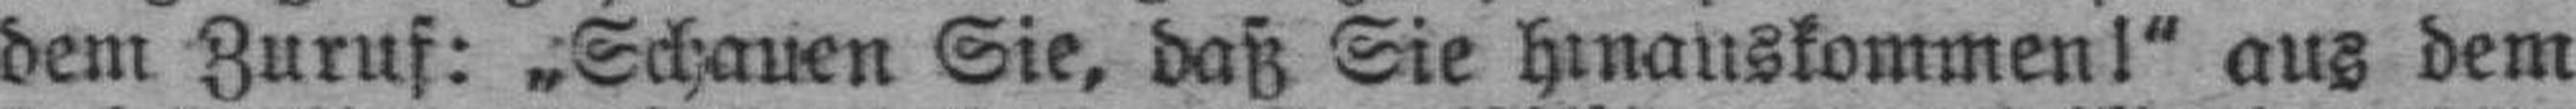
dem Zuruf: „Schauen Sie, daß Sie hinauskommen!“ aus dem